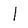
Character: I